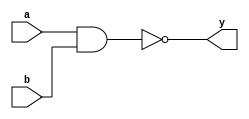
//NAND Module
module nandgate(a,b,y);
input a,b;
output y;
assign y = !(a&b);    
endmodule